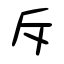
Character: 斥